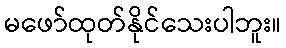
မဖော်ထုတ်နိုင်သေးပါဘူး။